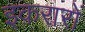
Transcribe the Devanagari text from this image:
इक़रारों